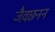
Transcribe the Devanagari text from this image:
जैवछनन